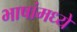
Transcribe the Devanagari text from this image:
भाषांमध्‍ये